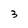
Character: 3